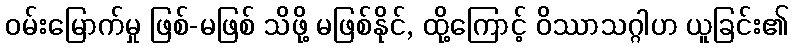
ဝမ်းမြောက်မှု ဖြစ်-မဖြစ် သိဖို့ မဖြစ်နိုင်, ထို့ကြောင့် ဝိဿာသဂ္ဂါဟ ယူခြင်း၏